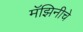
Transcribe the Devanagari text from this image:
मॅझिनीचे